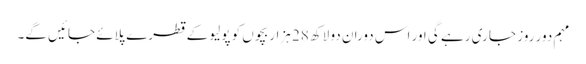
مہم دور روز جا ری رہے گی اور اس دوران دو لاکھ 28 ہزار بچوں کو پولیو کے قطرے پلائے جائیں گے۔